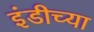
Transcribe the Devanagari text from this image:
इंडीच्या